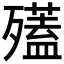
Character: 𣩱